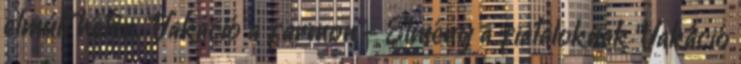
elmúlt héten. “Vakáció a farmon”- Élmény a fiataloknak “Vakáció